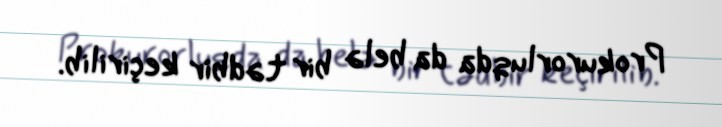
Prokurorluqda da belə bir tədbir keçirilib.